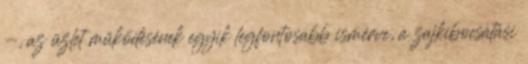
-, az üzlet működésének egyik legfontosabb ismérve, a zajkibocsátási